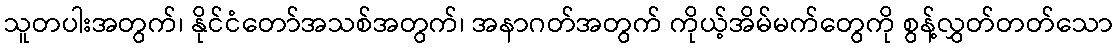
သူတပါးအတွက်၊ နိုင်ငံတော်အသစ်အတွက်၊ အနာဂတ်အတွက် ကိုယ့်အိမ်မက်တွေကို စွန့်လွှတ်တတ်သော